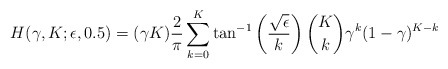
\begin{align*}&H(\gamma, K; \epsilon,0.5) =(\gamma K)\frac{2}{\pi}\sum_{k=0}^K\tan^{-1}\left(\frac{\sqrt{\epsilon}}{k}\right)\binom{K}{k}\gamma^k(1-\gamma)^{K-k}\end{align*}